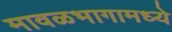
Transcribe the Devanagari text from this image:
मावळभागामध्ये